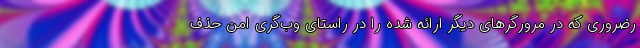
رضروری که در مرورگر‌های دیگر ارائه شده را در راستای وب‌گری امن حذف